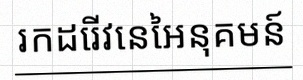
រកដេរីវេនៃអនុគមន៍